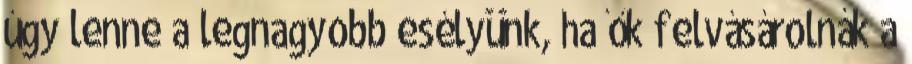
úgy lenne a legnagyobb esélyünk, ha ők felvásárolnák a